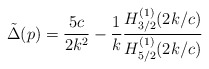
\begin{align*}\tilde \Delta (p)=\frac{5c}{2k^2}-\frac{1}{k}\frac{H_{3/2}^{(1)}(2k/c)}{H_{5/2}^{(1)}(2k/c)}\end{align*}